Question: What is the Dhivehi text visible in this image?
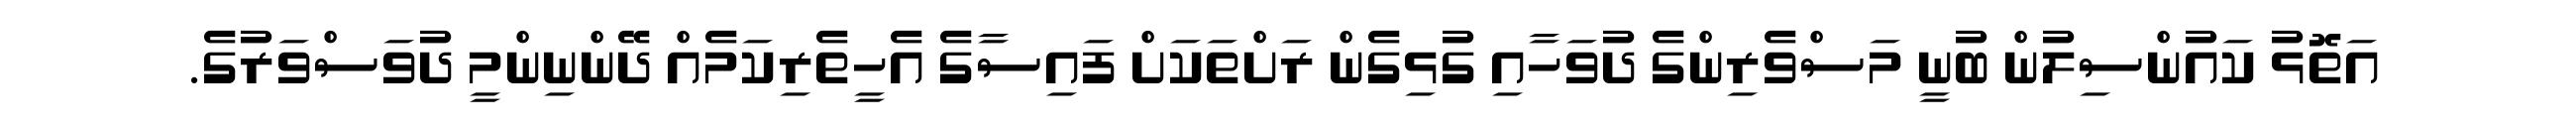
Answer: އަތޮޅު ކައުންސިލުން ބުނީ މަސްވެރިންގެ ދުވަހާއި ގުޅިގެން ރަށްތަކަށް ފައިސާގެ އެހީތެރިކަމެއް ދޭންނިންމީ ދުވަސްވަރުގެ.